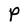
Character: P